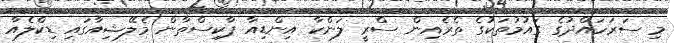
މި ސަރަހައްދުގެ ގައުމުތަކުގެ ތެރެއިން ސްރީ ލަންކާ އިންޑިއާ ޕާކިސްތާން މެލޭޝިއާގައި ޑިކްލެއާ